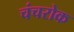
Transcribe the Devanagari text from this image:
चंचरोक